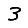
Digit: 3